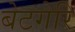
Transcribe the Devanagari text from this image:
बेटगेरि